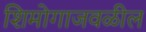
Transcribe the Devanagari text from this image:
शिमोगाजवळील